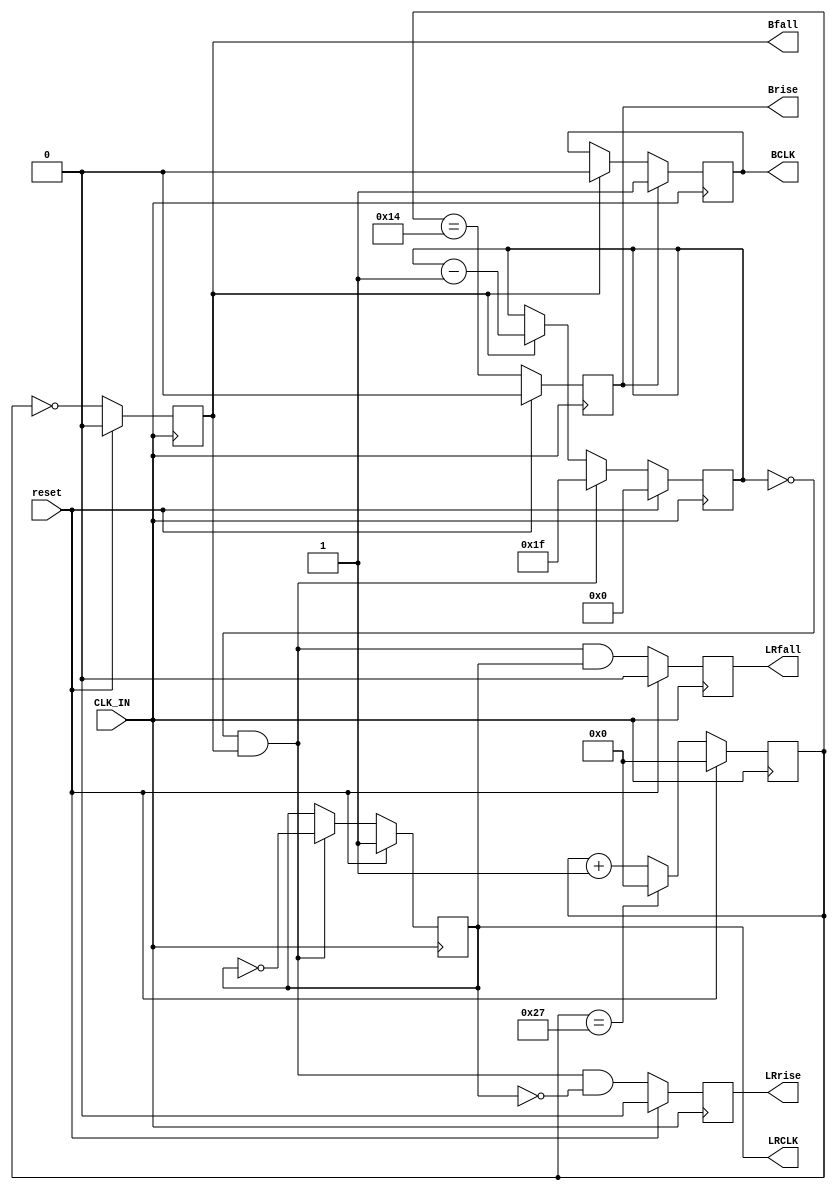
module Hermes_clk_lrclk_gen (reset, CLK_IN, BCLK, Brise, Bfall, LRCLK, LRrise, LRfall);


localparam BCLK_DIV = (CLK_FREQ/48000/64);
localparam BCLK_00 = 32;

parameter CLK_FREQ  = 122880000;   // frequency of incoming clock

input   wire          reset;       // reset
input   wire          CLK_IN;
output  reg           BCLK;
output  reg           Brise;
output  reg           Bfall;
output  reg           LRCLK;
output  reg           LRrise;
output  reg           LRfall;

localparam LS = clogb2 (32-1); // 0 to (BCLK_10-1)

// internal signals
reg    [15:0] BCLK_cnt;
//reg    [15:0] BCLK_DIV;
reg  [LS-1:0] LRCLK_cnt;

localparam TPD = 1;



// CLK_IN gets divided down to create BCLK
always @ (posedge CLK_IN)
begin
  if (reset)
    BCLK_cnt <= #TPD 0;
  else if (BCLK_cnt == (BCLK_DIV-1))
    BCLK_cnt <= #TPD 0;
  else
    BCLK_cnt <= #TPD BCLK_cnt + 1'b1; // 0, 1, ...(BCLK_DIV-1), 0, ...

  if (reset)
    Brise <= 1'b0;
  else
    Brise <= (BCLK_cnt == (BCLK_DIV/2));

  if (reset)
    Bfall <= 1'b0;
  else
    Bfall <= (BCLK_cnt == 1'b0); // may not be a 50/50 duty cycle

  if (Brise)
    BCLK  <= #TPD 1'b1;
  else if (Bfall)
    BCLK  <= #TPD 1'b0;

  if (reset)
    LRCLK_cnt <= #TPD 0;
  else 
  begin
    if ((LRCLK_cnt == 0) && Bfall)
    begin
        LRCLK_cnt <= #TPD BCLK_00-1;
    end
    else if (Bfall)
      LRCLK_cnt <= #TPD LRCLK_cnt - 1'b1;
  end

  if (reset)
    LRCLK  <= #TPD 1'b1;
  else if ((LRCLK_cnt == 0) && Bfall)
    LRCLK  <= #TPD ~LRCLK;  

  if (reset)
    LRrise <= 1'b0;
  else
    LRrise <= (LRCLK_cnt == 0) && Bfall && !LRCLK;

  if (reset)
    LRfall <= 1'b0;
  else
    LRfall <= (LRCLK_cnt == 0) && Bfall && LRCLK; // may not be a 50/50 duty cycle
end

function integer clogb2;
input [31:0] depth;
begin
  for(clogb2=0; depth>0; clogb2=clogb2+1)
  depth = depth >> 1;
end
endfunction
endmodule